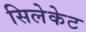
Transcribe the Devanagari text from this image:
सिलेकेट